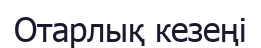
Отарлық кезеңі